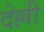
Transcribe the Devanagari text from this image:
देल्ली